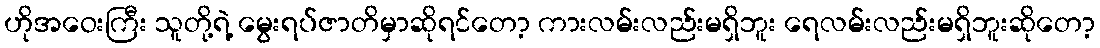
ဟိုအဝေးကြီး သူတို့ရဲ့ မွေးရပ်ဇာတိမှာဆိုရင်တော့ ကားလမ်းလည်းမရှိဘူး ရေလမ်းလည်းမရှိဘူးဆိုတော့